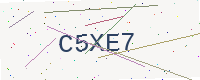
Text: C5XE7